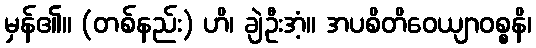
မှန်၏။ (တစ်နည်း) ဟိ၊ ချဲဦးအံ့။ အပစိတိဝေယျာဝစ္စနိ၊